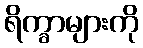
ရိက္ခာများကို